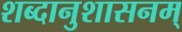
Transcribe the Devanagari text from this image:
शब्दानुशासनम्